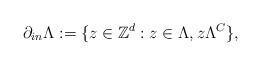
LaTeX: \begin{align*}\partial_{in}\Lambda:=\{z\in \mathbb{Z}^d: z\in \Lambda, z \Lambda^C \},\end{align*}